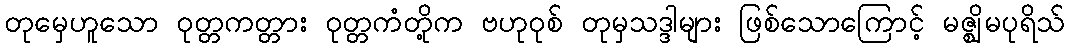
တုမှေဟူသော ဝုတ္တကတ္တား ဝုတ္တကံတို့က ဗဟုဝုစ် တုမှသဒ္ဒါများ ဖြစ်သောကြောင့် မဇ္ဈိမပုရိသ်